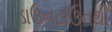
ડાઉનટાઉનથી